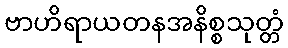
ဗာဟိရာယတနအနိစ္စသုတ္တံ